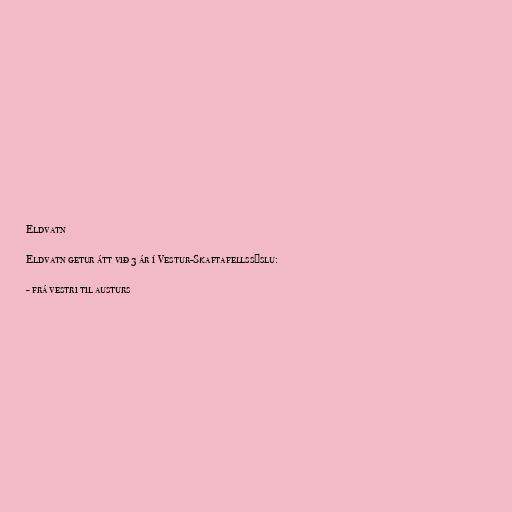
Eldvatn

Eldvatn getur átt við 3 ár í Vestur-Skaftafellssýslu:

- frá vestri til austurs